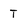
Character: t